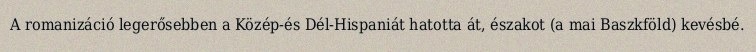
A romanizáció legerősebben a Közép-és Dél-Hispaniát hatotta át, északot (a mai Baszkföld) kevésbé.